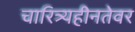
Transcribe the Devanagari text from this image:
चारित्र्यहीनतेवर